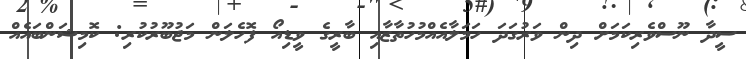
ސީދާ ނޫސްވެރިކަމަށް ދިން ވަރުގަދަ ހަމަލާއެއްމުހުތާޒާއި ބާރީގެ ވީޑިއޯ ފޮހެލަން މަޖުބޫރުކުރި: ކޮމިޝަންބައެއް